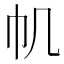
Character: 𢁒